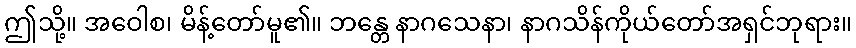
ဤသို့။ အဝေါစ၊ မိန့်တော်မူ၏။ ဘန္တေ နာဂသေနာ၊ နာဂသိန်ကိုယ်တော်အရှင်ဘုရား။